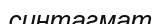
синтагмат